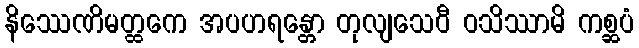
နိဿေဏိမတ္ထကေ အပဟရန္တော တုလျသေဝီ ဝသိဿာမိ ကစ္ဆပံ